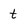
Character: t